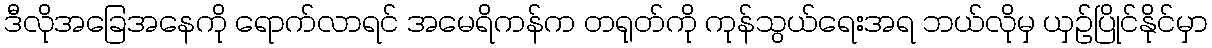
ဒီလိုအခြေအနေကို ရောက်လာရင် အမေရိကန်က တရုတ်ကို ကုန်သွယ်ရေးအရ ဘယ်လိုမှ ယှဉ်ပြိုင်နိုင်မှာ